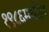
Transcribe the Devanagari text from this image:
१९८६मधील